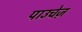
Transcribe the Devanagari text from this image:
पाउचेज़